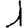
Digit: 1